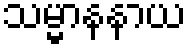
သမ္မာနနာယ